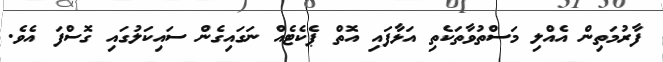
ފާރުމަތިން އެއްލި މަސްތުވާތަކެތި އަޅާފައި އޮތް ޕެކެޓެއް ނަގައިގެން ސައިކަލުގައި ގޮސްފަ އެވެ.